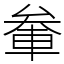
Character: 軬